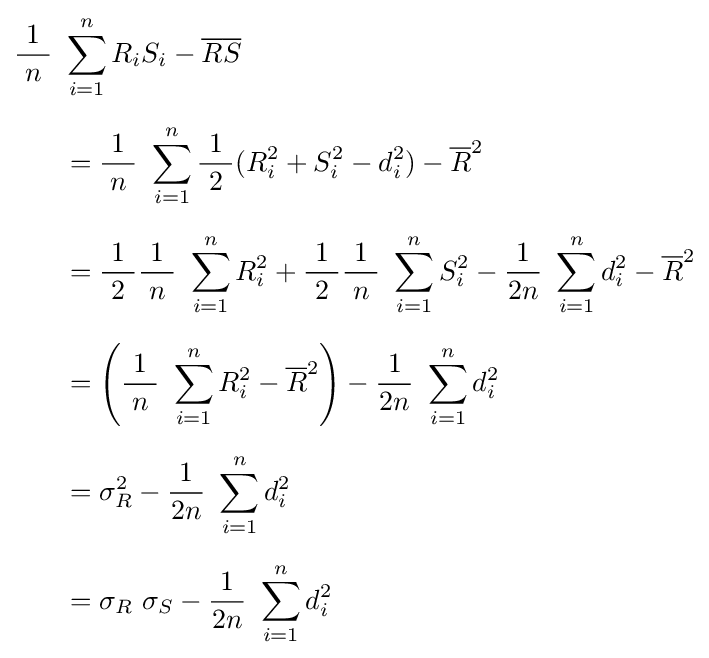
{\begin{aligned}{\frac {\ 1\ }{n}}\ &\sum _{i=1}^{n}R_{i}S_{i}-{\overline {R}}{\overline {S}}\\[6pt]&={\frac {\ 1\ }{n}}\ \sum _{i=1}^{n}{\frac {\ 1\ }{2}}(R_{i}^{2}+S_{i}^{2}-d_{i}^{2})-{\overline {R}}^{2}\\[6pt]&={\frac {\ 1\ }{2}}{\frac {\ 1\ }{n}}\ \sum _{i=1}^{n}R_{i}^{2}+{\frac {\ 1\ }{2}}{\frac {\ 1\ }{n}}\ \sum _{i=1}^{n}S_{i}^{2}-{\frac {\ 1\ }{2n}}\ \sum _{i=1}^{n}d_{i}^{2}-{\overline {R}}^{2}\\[6pt]&=\left({\frac {\ 1\ }{n}}\ \sum _{i=1}^{n}R_{i}^{2}-{\overline {R}}^{2}\right)-{\frac {\ 1\ }{2n}}\ \sum _{i=1}^{n}d_{i}^{2}\\[6pt]&=\sigma _{R}^{2}-{\frac {\ 1\ }{2n}}\ \sum _{i=1}^{n}d_{i}^{2}\\[6pt]&=\sigma _{R}\ \sigma _{S}-{\frac {\ 1\ }{2n}}\ \sum _{i=1}^{n}d_{i}^{2}\end{aligned}}